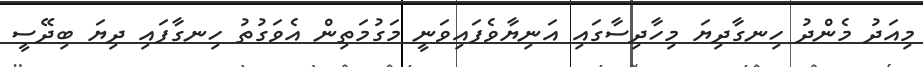
މިއަދު މެންދު ހިނގާދިޔަ މިހާދިސާގައި އަނިޔާވެފައިވަނީ މަގުމަތިން އެވަގުތު ހިނގާފައި ދިޔަ ބިދޭސީ